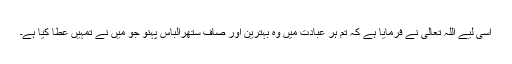
اسی لیے اللہ تعالیٰ نے فرمایا ہے کہ تم ہر عبادت میں وہ بہترین اور صاف ستھرالباس پہنو جو میں نے تمہیں عطا کیا ہے۔